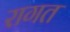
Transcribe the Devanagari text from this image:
रागत